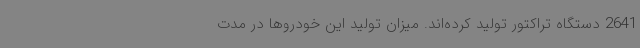
2641 دستگاه تراکتور تولید کرده‌اند. میزان تولید این خودروها در مدت